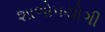
શાળોપયોગી